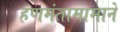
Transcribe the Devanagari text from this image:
हणमंतामामाने